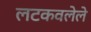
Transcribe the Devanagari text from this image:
लटकवलेले